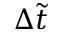
\Delta \tilde { t }